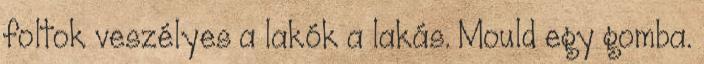
foltok veszélyes a lakók a lakás. Mould egy gomba.